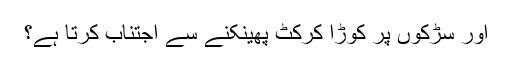
اور سڑکوں پر کوڑا کرکٹ پھینکنے سے اجتناب کرتا ہے؟